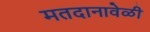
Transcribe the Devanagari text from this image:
मतदानावेळी